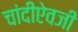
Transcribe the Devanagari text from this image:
चांदीऐवजी